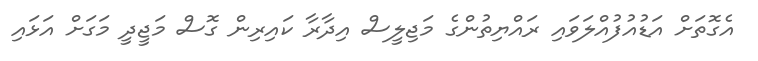
އެގޮތަށް އަޑުއުފުއްލަވައި ރައްޔިތުންގެ މަޖިލީސް އިދާރާ ކައިރިން ގޮސް މަޖީދީ މަގަށް އަޅައި